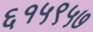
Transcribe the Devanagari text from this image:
६१५९५७